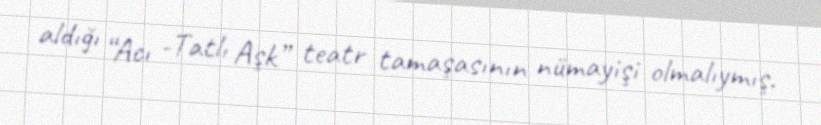
aldığı “Acı -Tatlı Aşk” teatr tamaşasının nümayişi olmalıymış.